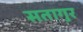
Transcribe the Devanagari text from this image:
सतागुर